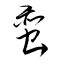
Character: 蛮